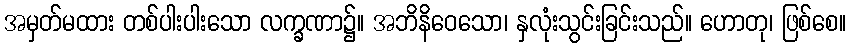
အမှတ်မထား တစ်ပါးပါးသော လက္ခဏာ၌။ အဘိနိဝေသော၊ နှလုံးသွင်းခြင်းသည်။ ဟောတု၊ ဖြစ်စေ။